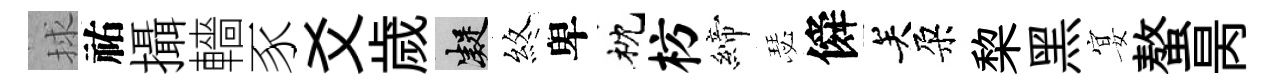
捄祐攝轖豕爻歲凝煞卑枕枋締瑟僢关朶棃黑宴螯昺